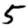
Digit: 5